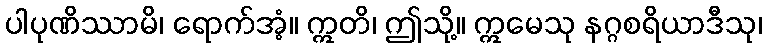
ပါပုဏိဿာမိ၊ ရောက်အံ့။ ဣတိ၊ ဤသို့။ ဣမေသု နဂ္ဂစရိယာဒီသု၊